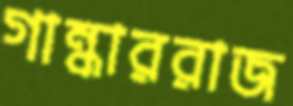
গান্ধাররাজ